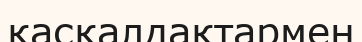
қасқалдақтармен